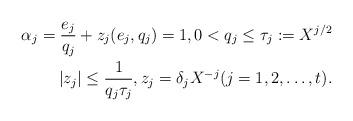
LaTeX: \begin{align*}\alpha_j = \frac{e_j}{q_j} + z_j (e_j, q_j) =1, 0 < q_j \leq \tau_j := X^{j/2} \\|z_j| \leq \frac{1}{q_j \tau_j}, z_j = \delta_j X^{-j} (j=1,2, \dots, t).\end{align*}